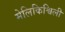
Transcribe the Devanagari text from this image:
मेलिकिश्विली